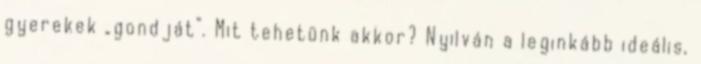
gyerekek „gondját”. Mit tehetünk akkor? Nyilván a leginkább ideális,